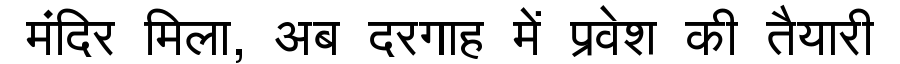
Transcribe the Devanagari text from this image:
मंदिर मिला, अब दरगाह में प्रवेश की तैयारी